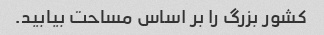
کشور بزرگ را بر اساس مساحت بیابید.